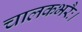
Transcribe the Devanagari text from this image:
चालकभरैः।